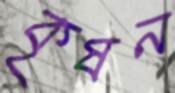
কৃষন